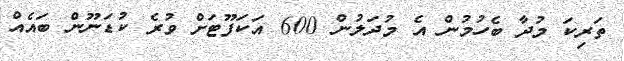
ތަރިކަ މުދާ ބެހުމުން އެ މުދަލުން 600 އަކަފޫޓަށް ވުރެ ކުޑަނޫން ބައެއް